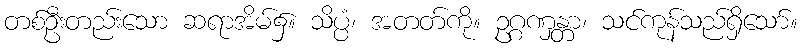
တစ်ဦးတည်းသော ဆရာအိမ်၌။ သိပ္ပံ၊ အတတ်ကို။ ဥဂ္ဂဏှန္တာ၊ သင်ကုန်သည်ရှိသော်။